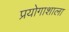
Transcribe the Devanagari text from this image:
प्रयोगाशाला